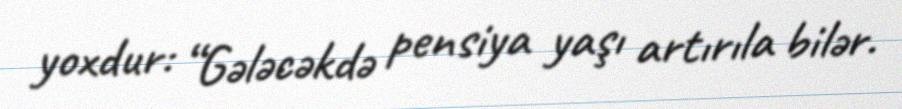
yoxdur: “Gələcəkdə pensiya yaşı artırıla bilər.